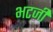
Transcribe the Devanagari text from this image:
भटजी